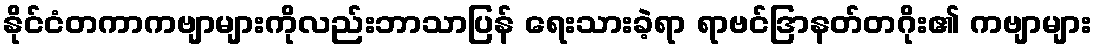
နိုင်ငံတကာကဗျာများကိုလည်းဘာသာပြန် ရေးသားခဲ့ရာ ရာဗင်ဒြာနတ်တဂိုး၏ ကဗျာများ